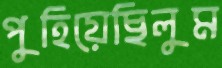
পুহিয়েছিলুম